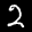
Label: 2